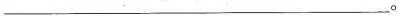
_____________________________________________。